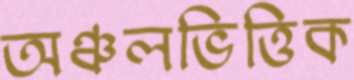
অঞ্চলভিত্তিক